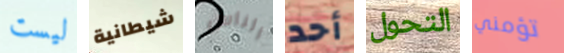
ليست شيطانية الناس أحد التحول تؤمني